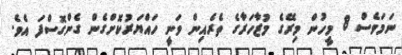
ނަމަވެސް 8 މީހުން މިރޭގެ މުޒާހަރާގެ ތެރެއިން ވަނީ ހައްޔަރުކޮށްގެން ގެންގޮސްފަ އެވެ.